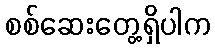
စစ်ဆေးတွေ့ရှိပါက